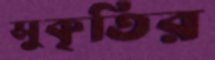
সুকৃতির